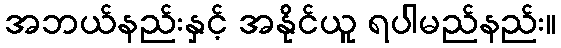
အဘယ်နည်းနှင့် အနိုင်ယူ ရပါမည်နည်း။